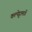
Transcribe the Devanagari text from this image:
कल्पेट्टामार्गे